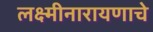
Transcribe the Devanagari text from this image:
लक्ष्मीनारायणाचे